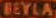
BEYLA